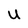
Character: U